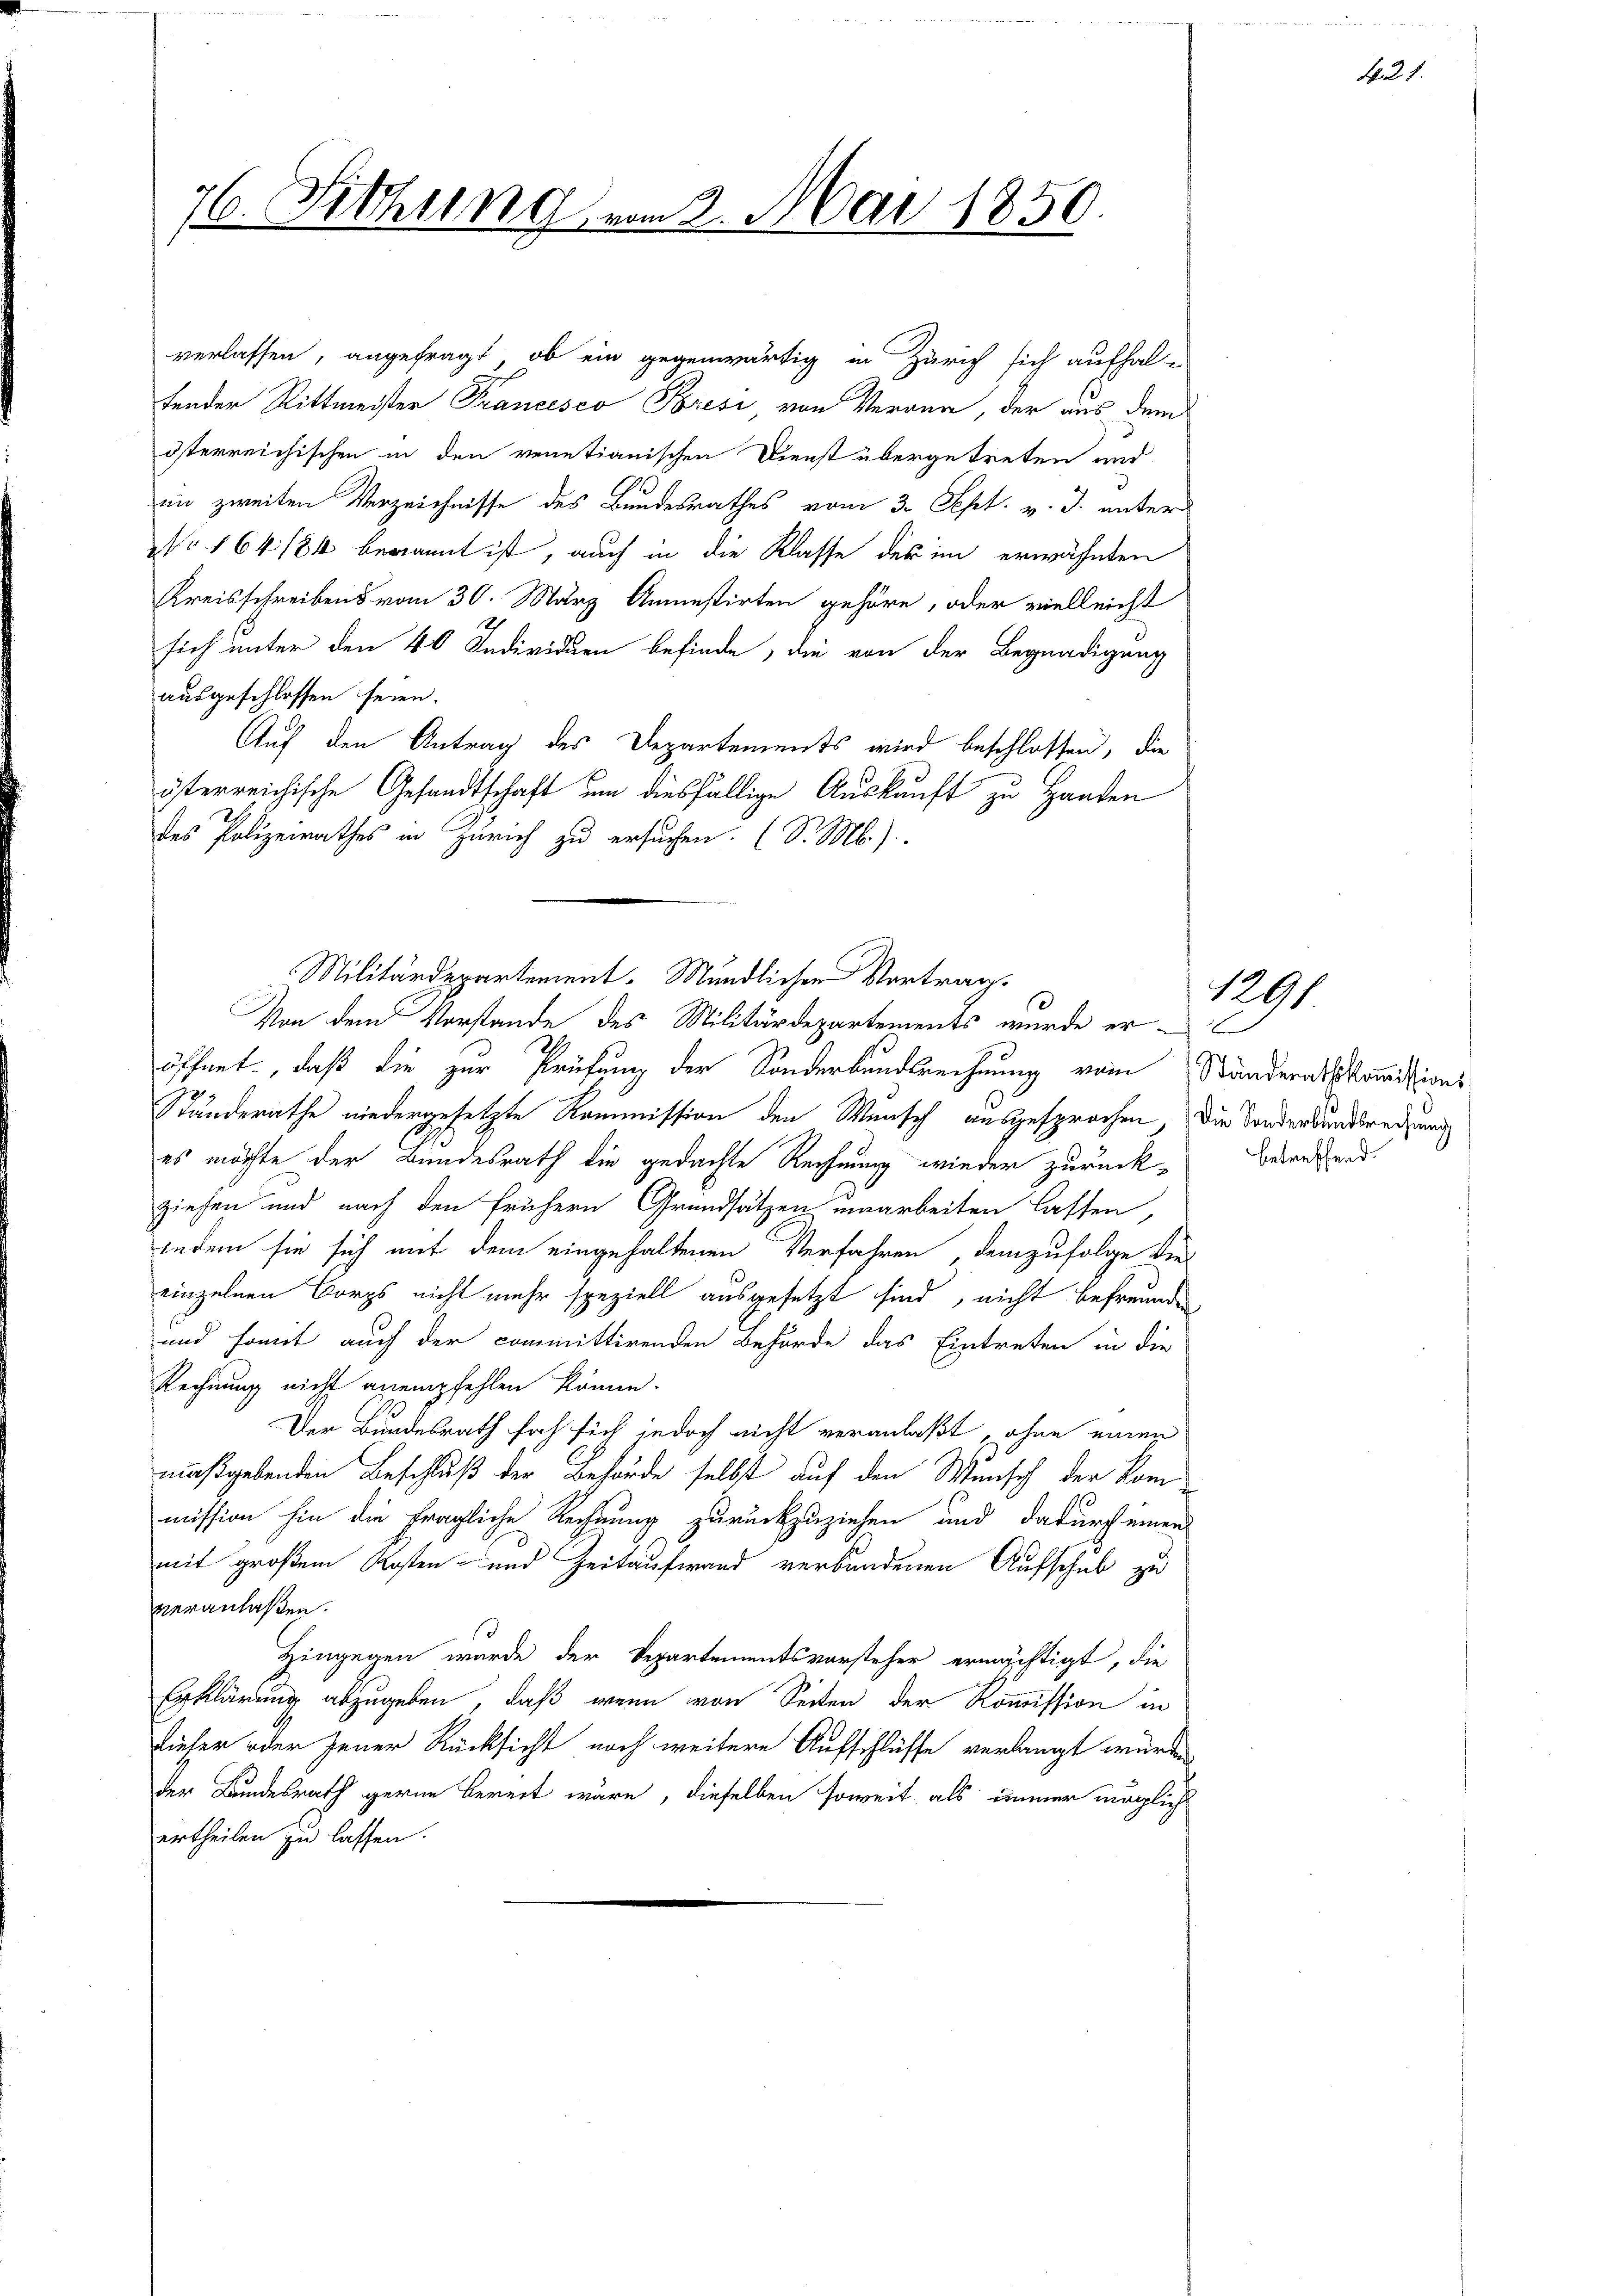
76. Sitzung vom 2. Mai 1850.

verlassen, angefragt, ob ein gegenwärtig in Zürich sich aufhal-
tender Rittmeister Francesco Prési, von Verann, der aus dem
österreichischen in den venetianischen Dienst übergetreten und
im zweiten Verzeichnisse des Bundesrathes vom 3. Sept. v. J. unter
NNo 164184 berannt ist, auch in die Klasse des im erwähnten
Kreisschreibens vom 30. März Anmestirten gehöre, oder vielleicht
sich unter den 40 Individuen befinde, die von der Begnadigung
ausgeschlossen seien.
Auf den Antrag des Departements wird beschlossen, die
österreichische Gesandtschaft um diesfällige Auskauft zu Handen
des Polizeirathes in Zürich zu ersuchen. (S. M.)
öffnet, daß die zur Prüfung der Sonderbunderechnung vom Ständeratskomissions
Ständerathe niedergesetzte Kommission den Wunsch ausgesprochen, die Sonderbundsrechung
es möchte der Bundesrath die gedachte Rechnung wieder zurückziehen und nach den frühern Grundsätzen umarbeiten lassen,
indem sie sich mit dem eingehaltenen Verfahren, demzufolge die
einzelnen Borgs nicht mehr speziell ausgesetzt sind, nicht befreunden,
und somit auch der committirenden Behörde das Eintreten in die
Rechnung nicht anempfehlen könne.
Der Bundesrath sah sich jedoch nicht veranlaßt , ohne einen
maßgebenden Beschluß der Behörde selbst auf den Wunsch der Kom
mission hin die fragliche Rechnung zurückzuziehen und dadurch einen
mit großem Kosten- und Zeitaufwand verbandenen Aufschub zu
veranlassen.
s
Hingegen wurde der Departementsvorsteher ermächtigt, die
Erklärung abzugeben, daß wenn von Seiten der Kommission in
diefer oder jener Rücksicht noch weitere Aufschlüsse verlangt würde,
der Bundesrath gerne bereit wäre, dieselben soweit als immer möglich
ertheilen zu lassen.

Militärdepartement. Mündlichen Vortrag.
Von dem Vorstande des Militärdepartements wurde er¬

betreffend.

1291.

N 1.